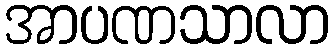
အာပဏသာလာ